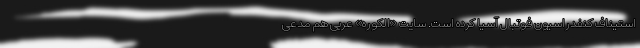
استیناف کنفدراسیون فوتبال آسیا کرده است. سایت «الکوره» عربی هم مدعی